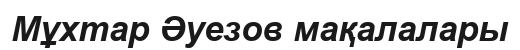
Мұхтар Әуезов мақалалары